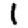
Digit: 1